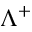
\Lambda ^ { + }